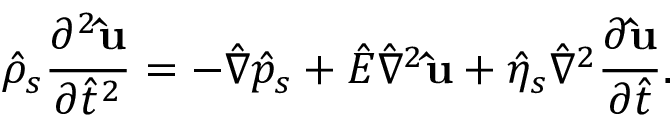
\hat { \rho } _ { s } \frac { \partial ^ { 2 } \mathbf { \hat { u } } } { \partial \hat { t } ^ { 2 } } = - \hat { \nabla } \hat { p } _ { s } + \hat { E } \hat { \nabla } ^ { 2 } \mathbf { \hat { u } } + \hat { \eta } _ { s } \hat { \nabla } ^ { 2 } \frac { \partial \mathbf { \hat { u } } } { \partial \hat { t } } .